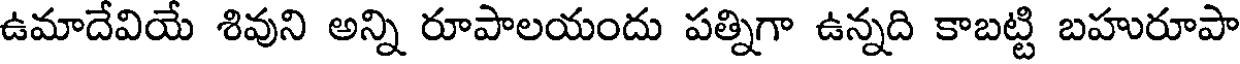
ఉమాదేవియే శివుని అన్ని రూపాలయందు పత్నిగా ఉన్నది కాబట్టి బహురూపా